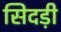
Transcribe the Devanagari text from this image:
सिदड़ी